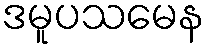
ဒမူပသမေန